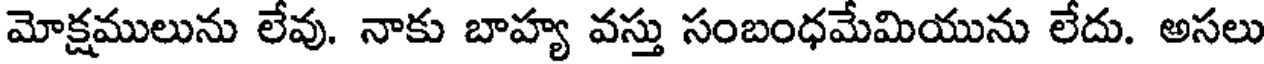
మోక్షములును లేవు. నాకు బాహ్య వస్తు సంబంధమేమియును లేదు. అసలు